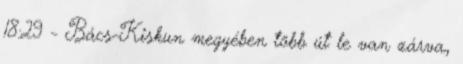
18:29 - Bács-Kiskun megyében több út le van zárva,